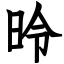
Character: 昤